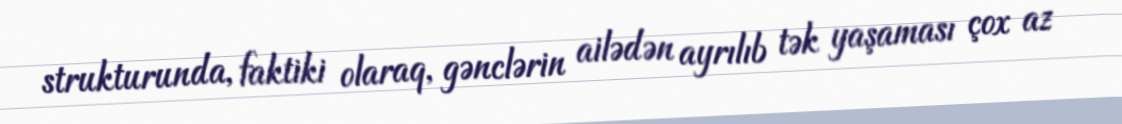
strukturunda, faktiki olaraq, gənclərin ailədən ayrılıb tək yaşaması çox az